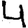
Digit: 4